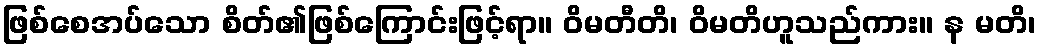
ဖြစ်စေအပ်သော စိတ်၏ဖြစ်ကြောင်းဖြင့်ရာ။ ဝိမတီတိ၊ ဝိမတိဟူသည်ကား။ န မတိ၊